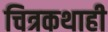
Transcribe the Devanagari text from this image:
चित्रकथाही